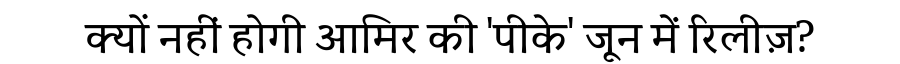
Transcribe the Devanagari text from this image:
क्यों नहीं होगी आमिर की 'पीके' जून में रिलीज़?